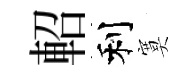
軺利寞